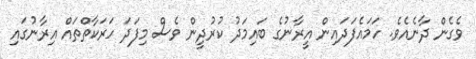
ވެގެން ދާނެއެވެ. ހަމައެފަދައިން އީރާނުގެ ބައިމަދު ކުރުދީން ވެސް މިފަދަ ހަރަކާތްތައް އިރާނުގައި